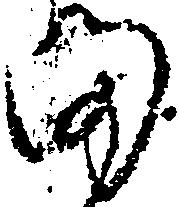
ま